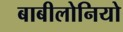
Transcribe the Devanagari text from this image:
बाबीलोनियो